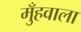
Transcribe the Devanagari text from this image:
मुँहवाला